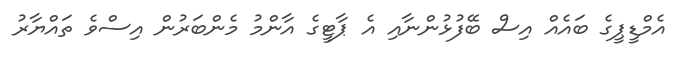
އެމްޑީޕީގެ ބައެއް އިސް ބޭފުޅުންނާއި އެ ޕާޓީގެ އާންމު މެންބަރުން އިސްވެ ތައްޔާރު